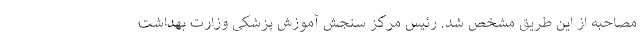
مصاحبه از این طریق مشخص شد. رئیس مرکز سنجش آموزش پزشکی وزارت بهداشت